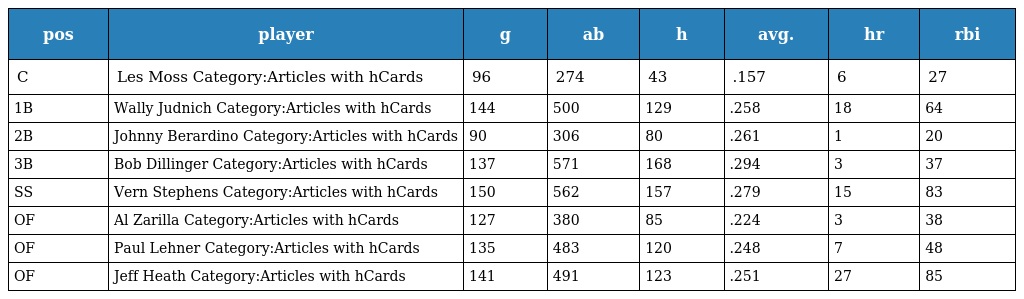
| pos | player | g | ab | h | avg. | hr | rbi |
 | --- | --- | --- | --- | --- | --- | --- | --- |
 | C | Les Moss Category:Articles with hCards | 96 | 274 | 43 | .157 | 6 | 27 |
 | 1B | Wally Judnich Category:Articles with hCards | 144 | 500 | 129 | .258 | 18 | 64 |
 | 2B | Johnny Berardino Category:Articles with hCards | 90 | 306 | 80 | .261 | 1 | 20 |
 | 3B | Bob Dillinger Category:Articles with hCards | 137 | 571 | 168 | .294 | 3 | 37 |
 | SS | Vern Stephens Category:Articles with hCards | 150 | 562 | 157 | .279 | 15 | 83 |
 | OF | Al Zarilla Category:Articles with hCards | 127 | 380 | 85 | .224 | 3 | 38 |
 | OF | Paul Lehner Category:Articles with hCards | 135 | 483 | 120 | .248 | 7 | 48 |
 | OF | Jeff Heath Category:Articles with hCards | 141 | 491 | 123 | .251 | 27 | 85 |